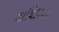
ગાયિકાના